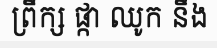
ព្រឹក្ស ផ្កា ឈូក នឹង